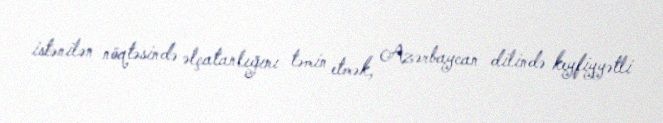
istənilən nöqtəsində əlçatanlığını təmin etmək, Azərbaycan dilində keyfiyyətli